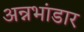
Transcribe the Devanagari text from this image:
अन्नभांडार